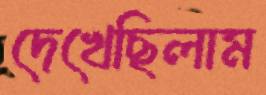
দেখেছিলাম